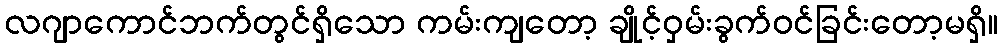
လဂျာကောင်ဘက်တွင်ရှိသော ကမ်းကျတော့ ချိုင့်ဝှမ်းခွက်ဝင်ခြင်းတော့မရှိ။